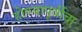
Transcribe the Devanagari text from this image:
होण्यापूर्वीचा